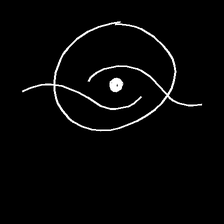
Glyph: repetition